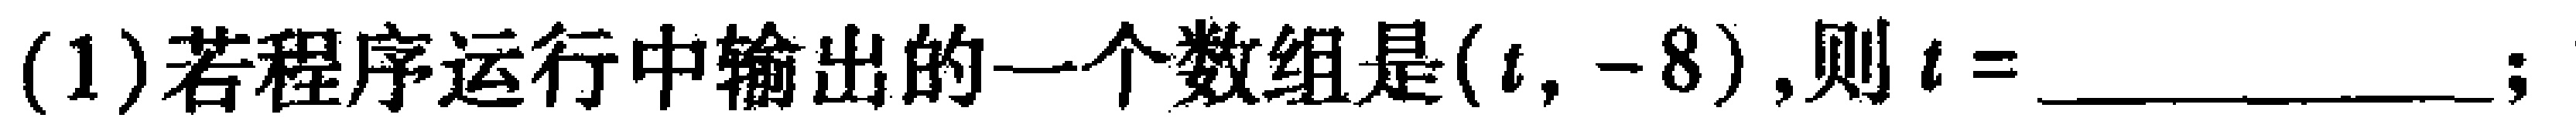
(1)若程序运行中输出的一个数组是$(t,-8)$,则$t=$__________;